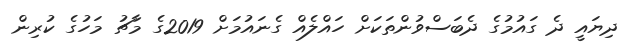
ދިޔައީ ދެ ގައުމުގެ ދެބަސްވުންތަކަށް ހައްލެއް ގެނައުމަށް 2019ގެ މާޗު މަހުގެ ކުރިން